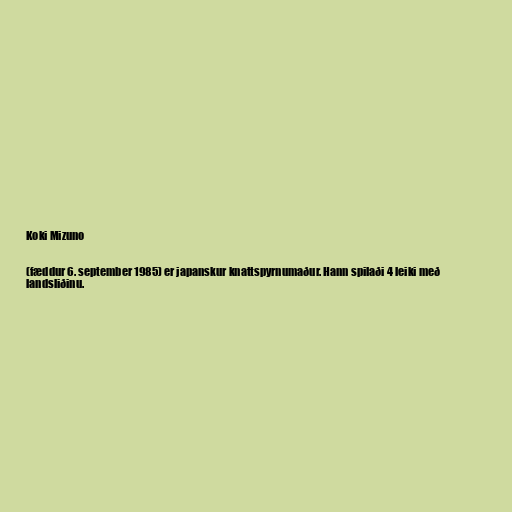
Koki Mizuno

(fæddur 6. september 1985) er japanskur knattspyrnumaður. Hann spilaði 4 leiki með
landsliðinu.